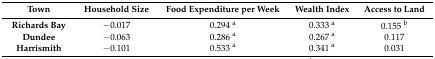
| Town | Household Size | Food Expenditure per Week | Wealth Index | Access to Land |
 | --- | --- | --- | --- | --- |
 | Richards Bay | −0.017 | 0.294 a | 0.333 a | 0.155 b |
 | Dundee | −0.063 | 0.286 a | 0.267 a | 0.117 |
 | Harrismith | −0.101 | 0.533 a | 0.341 a | 0.031 |